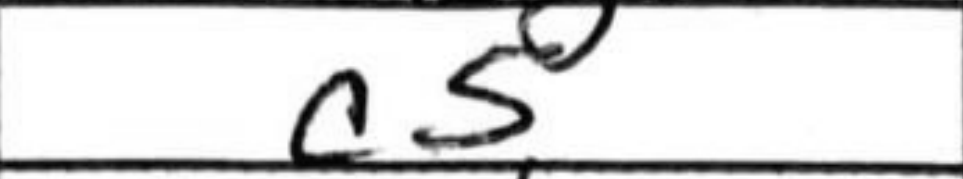
Transcription: c5